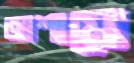
আশায়ে